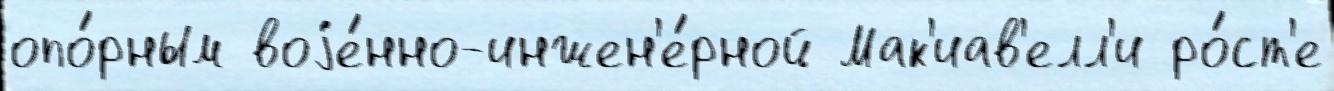
опо́рным воjе́нно-инжен'е́рной Мак'иав'елл'и ро́ст'е